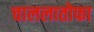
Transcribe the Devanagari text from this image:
चाललातोफा